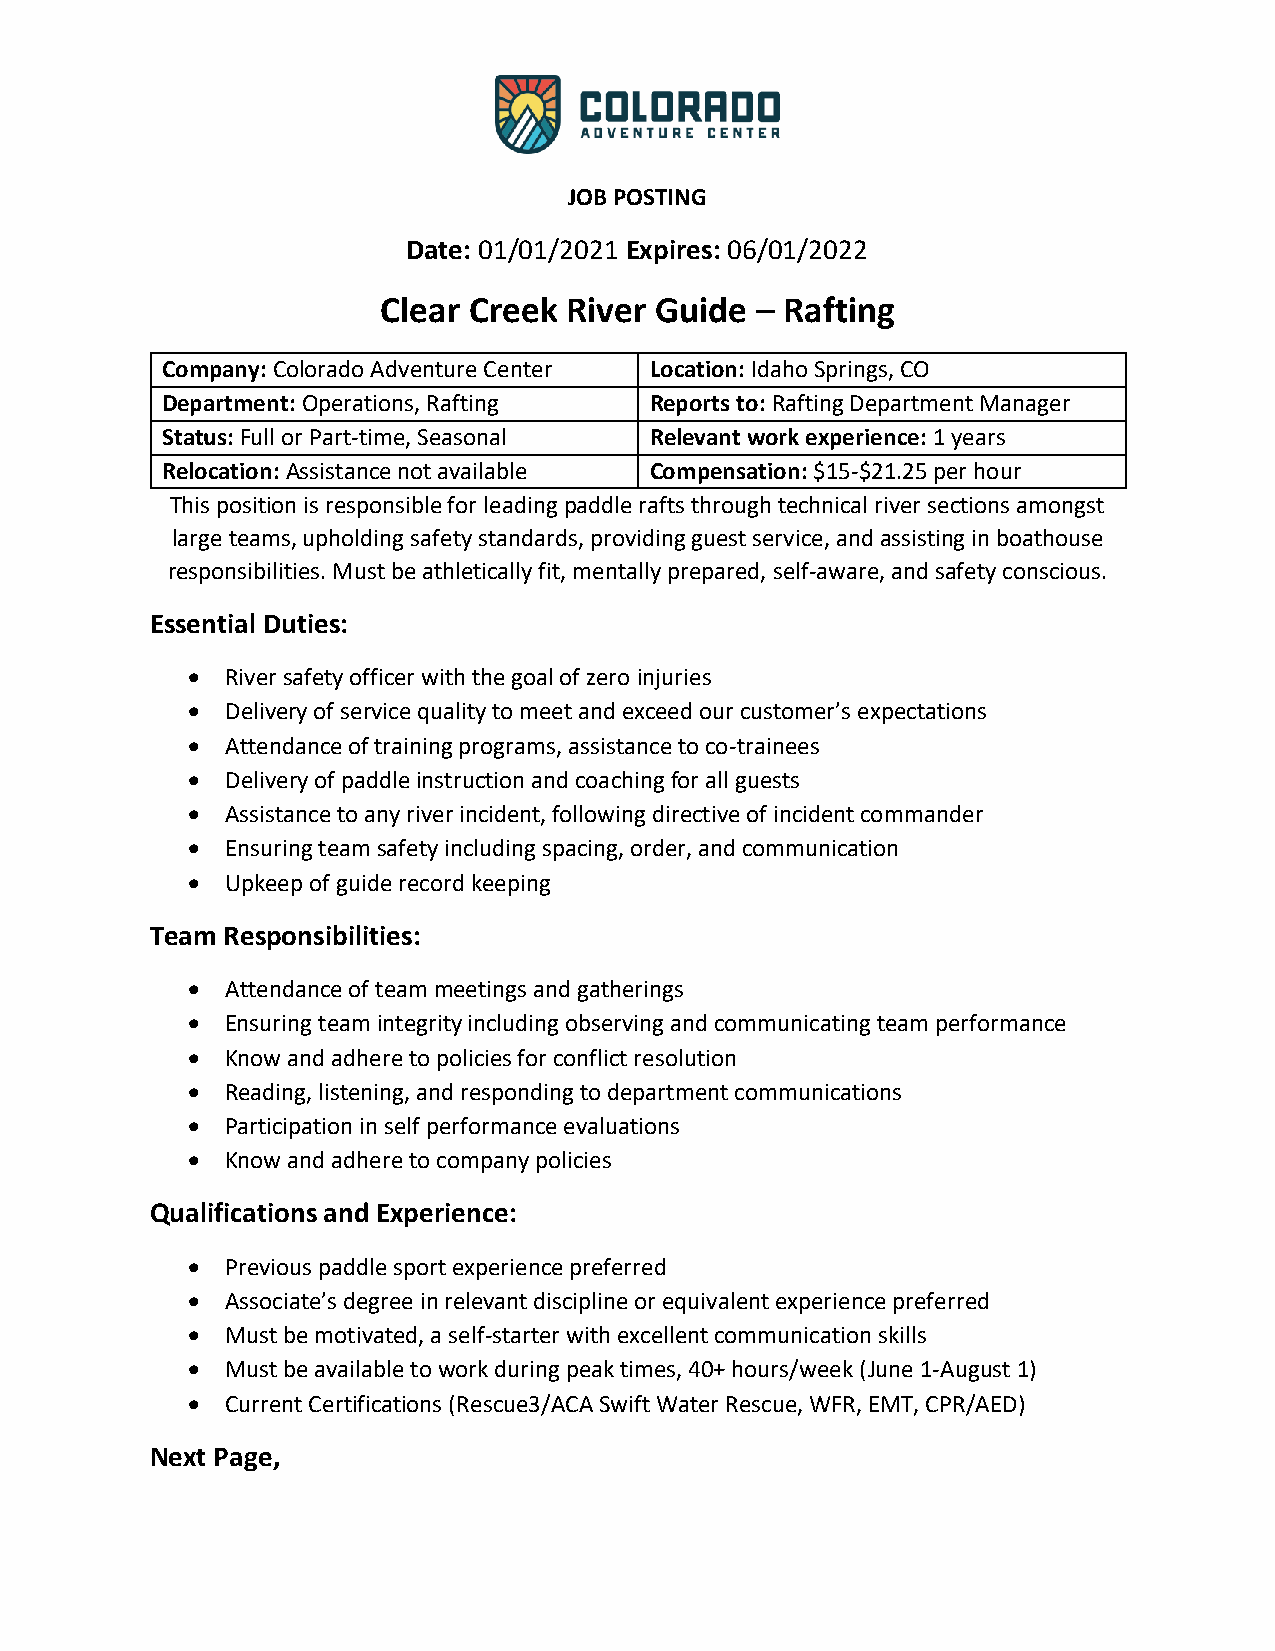
JOB POSTING
 Date: 01/01/2021 Expires: 06/01/2022
 Clear Creek River Guide  – Rafting
 Company: Colorado Adventure Center Location: Idaho Springs, CO
 Department: Operations, Rafting Reports to: Rafting Department Manager
 Status: Full or Part-time, Seasonal Relevant work experience: 1 years
 Relocation: Assistance not available Compensation: $15-$21.25 per hour
 This position is responsible for leading paddle rafts through technical river sections amongst
 large teams, upholding safety standards, providing guest service, and assisting in boathouse
 responsibilities. Must be athletically fit, mentally prepared, self-aware, and safety conscious.
 Essential Duties:
 •  River safety officer with the goal of zero injuries
 •  Delivery of service quality to meet and exceed our customer’s expectations
 •  Attendance of training programs, assistance to co-trainees
 •  Delivery of paddle instruction and coaching for all guests
 •  Assistance to any river incident, following directive of incident commander
 •  Ensuring team safety including spacing, order, and communication
 •  Upkeep of guide record keeping
 Team Responsibilities:
 •  Attendance of team meetings and gatherings
 •  Ensuring team integrity including observing and communicating team performance
 •  Know and adhere to policies for conflict resolution
 •  Reading, listening, and responding to department communications
 •  Participation in self performance evaluations
 •  Know and adhere to company policies
 Qualifications and Experience:
 •  Previous paddle sport experience preferred
 •  Associate’s degree in relevant discipline or equivalent experience preferred
 •  Must be motivated, a self-starter with excellent communication skills
 •  Must be available to work during peak times, 40+ hours/week (June 1-August 1)
 •  Current Certifications (Rescue3/ACA Swift Water Rescue, WFR, EMT, CPR/AED)
 Next Page,